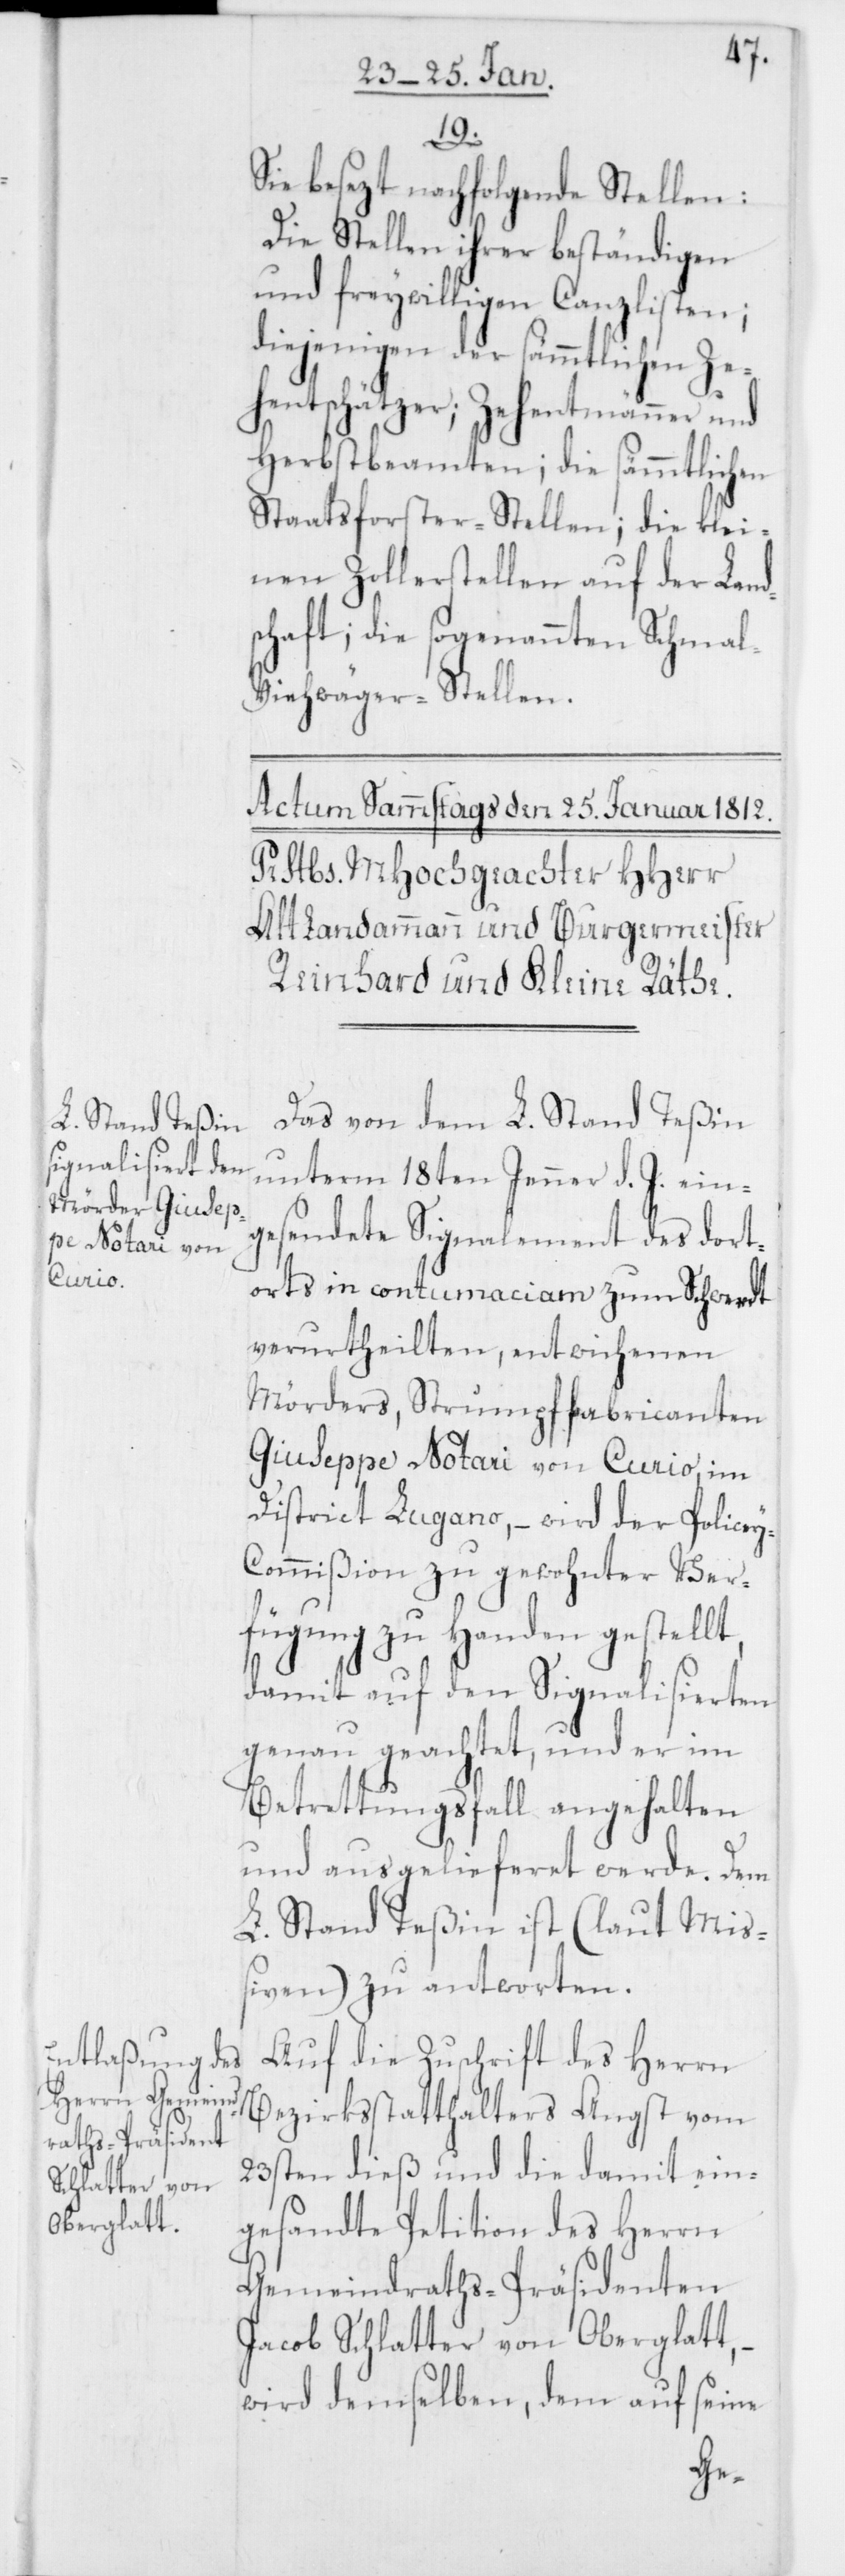
19.
Sie besezt nachfolgende Stellen:
Die Stellen ihrer beständigen
und freywilligen Canzlisten;
diejenigen der sämmtlichen Ze¬
hentschätzer; Zehentmänner und
Herbstbeamten; die sämmtlichen
Staatsforster-Stellen; die klei¬
nen Zollerstellen auf der Land¬
schaft; die sogenannten Schmal-V¬
iehwäger-Stellen.
Das von dem L. Stand Teßin
unterm 18ten Jenner d. J. ein¬
gesendete Signalement des dort¬
orts in contumaciam zum Schwerdt
verurtheilten, entwichenen
Mörders, Strumpffabricanten
Giuseppe Notari von Curio, im
District Lugano, – wird der Polize¬
y-Commißion zu gewohnter Ver¬
fügung zu Handen gestellt,
damit auf den Signalisierten
genau geachtet, und er im
Betrettungsfall angehalten
und ausgelieferet werde. Dem
L. Stand Teßin ist (laut Mi¬
ßiven) zu antworten.
Auf die Zuschrift des Herrn
Bezirksstatthalters Angst vom
23sten dieß und die damit ein¬
gesandte Petition des Herrn
Gemeindraths-Präsidenten
Jacob Schlatter von Oberglatt,
wird demselben, dem auf seine